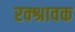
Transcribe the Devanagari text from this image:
रक्श्रावक